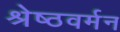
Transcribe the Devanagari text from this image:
श्रेष्ठवर्मन